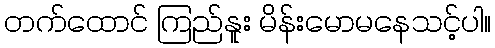
တက်ထောင် ကြည်နူး မိန်းမောမနေသင့်ပါ။